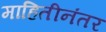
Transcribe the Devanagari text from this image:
माहितीनंतर